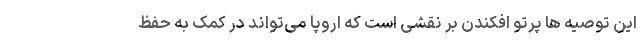
این توصیه ها پرتو افکندن بر نقشی است که اروپا می‌تواند در کمک به حفظ